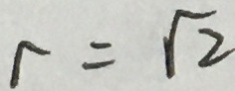
r = \sqrt { 2 }